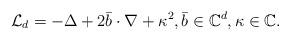
LaTeX: \begin{align*} {\cal L}_d = -\Delta + 2\bar{b} \cdot \nabla + \kappa^2, \bar{b}\in \mathbb{C}^d, \kappa\in \mathbb{C}.\end{align*}